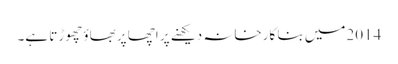
2014میں بنا کارخانہ دیکھنے پر اچھا پربھاؤ چھوڑتا ہے۔